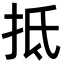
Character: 抵